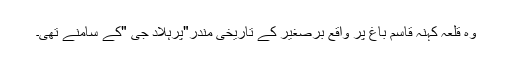
وہ قلعہ کہنہ قاسم باغ پر واقع برصغیر کے تاریخی مندر"پرہلاد جی "کے سامنے تھی۔